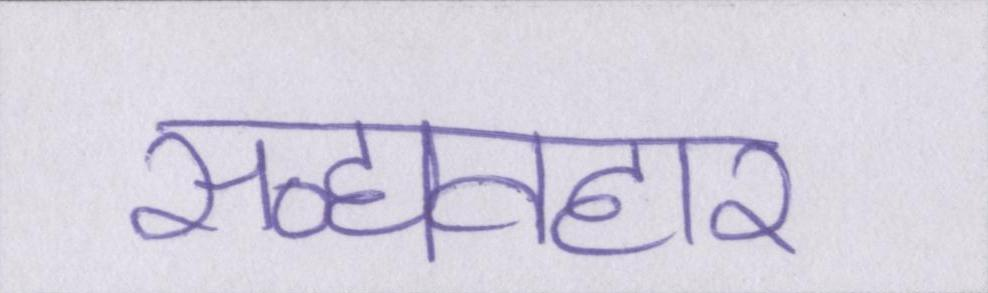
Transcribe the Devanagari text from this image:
सद्व्यवहार